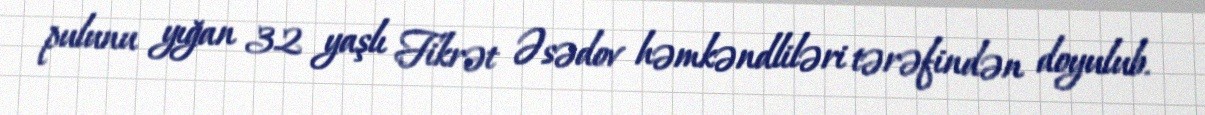
pulunu yığan 32 yaşlı Fikrət Əsədov həmkəndliləri tərəfindən doyulub.